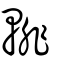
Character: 輫